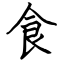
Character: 食